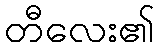
တီလေး၏